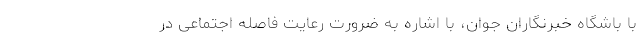
با باشگاه خبرنگاران جوان، با اشاره به ضرورت رعایت فاصله اجتماعی در